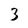
Character: 3